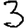
Digit: 3